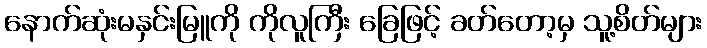
နောက်ဆုံးမနှင်းမြူကို ကိုလူကြီး ခြေဖြင့် ခတ်တော့မှ သူ့စိတ်များ